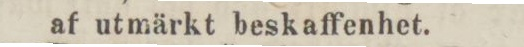
af utmärkt beskaffenhet.